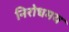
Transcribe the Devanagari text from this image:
निरोधमय